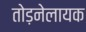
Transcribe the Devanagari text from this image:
तोड़नेलायक